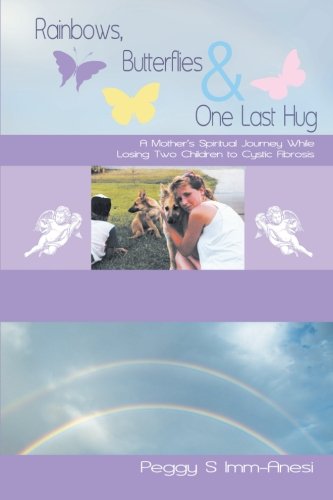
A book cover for Rainbows, Butterflies & One Last Hug: A Mother's Spiritual Journey While Losing Two Children to Cystic Fibrosis; Peggy S. Imm-Anesi; Health, Fitness & Dieting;